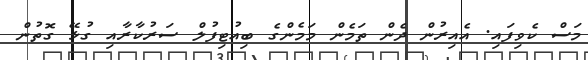
މަސް ކެވިފައި. އެއިރުން ދެން ތަމެން މަމެންގެ ބިއުޓިފުލް ސަރުކާރާއި ގުޅޭ ގޮތުން